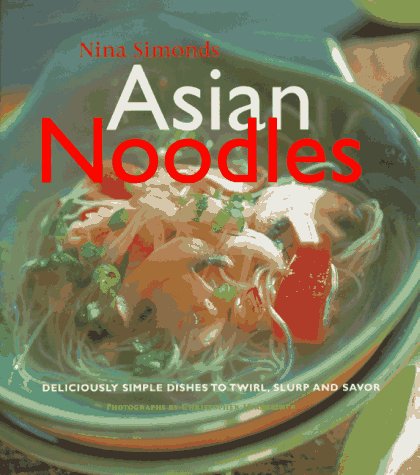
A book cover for Asian Noodles: Deliciously Simple Dishes To Twirl, Slurp, And Savor; Nina Simonds; Cookbooks, Food & Wine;